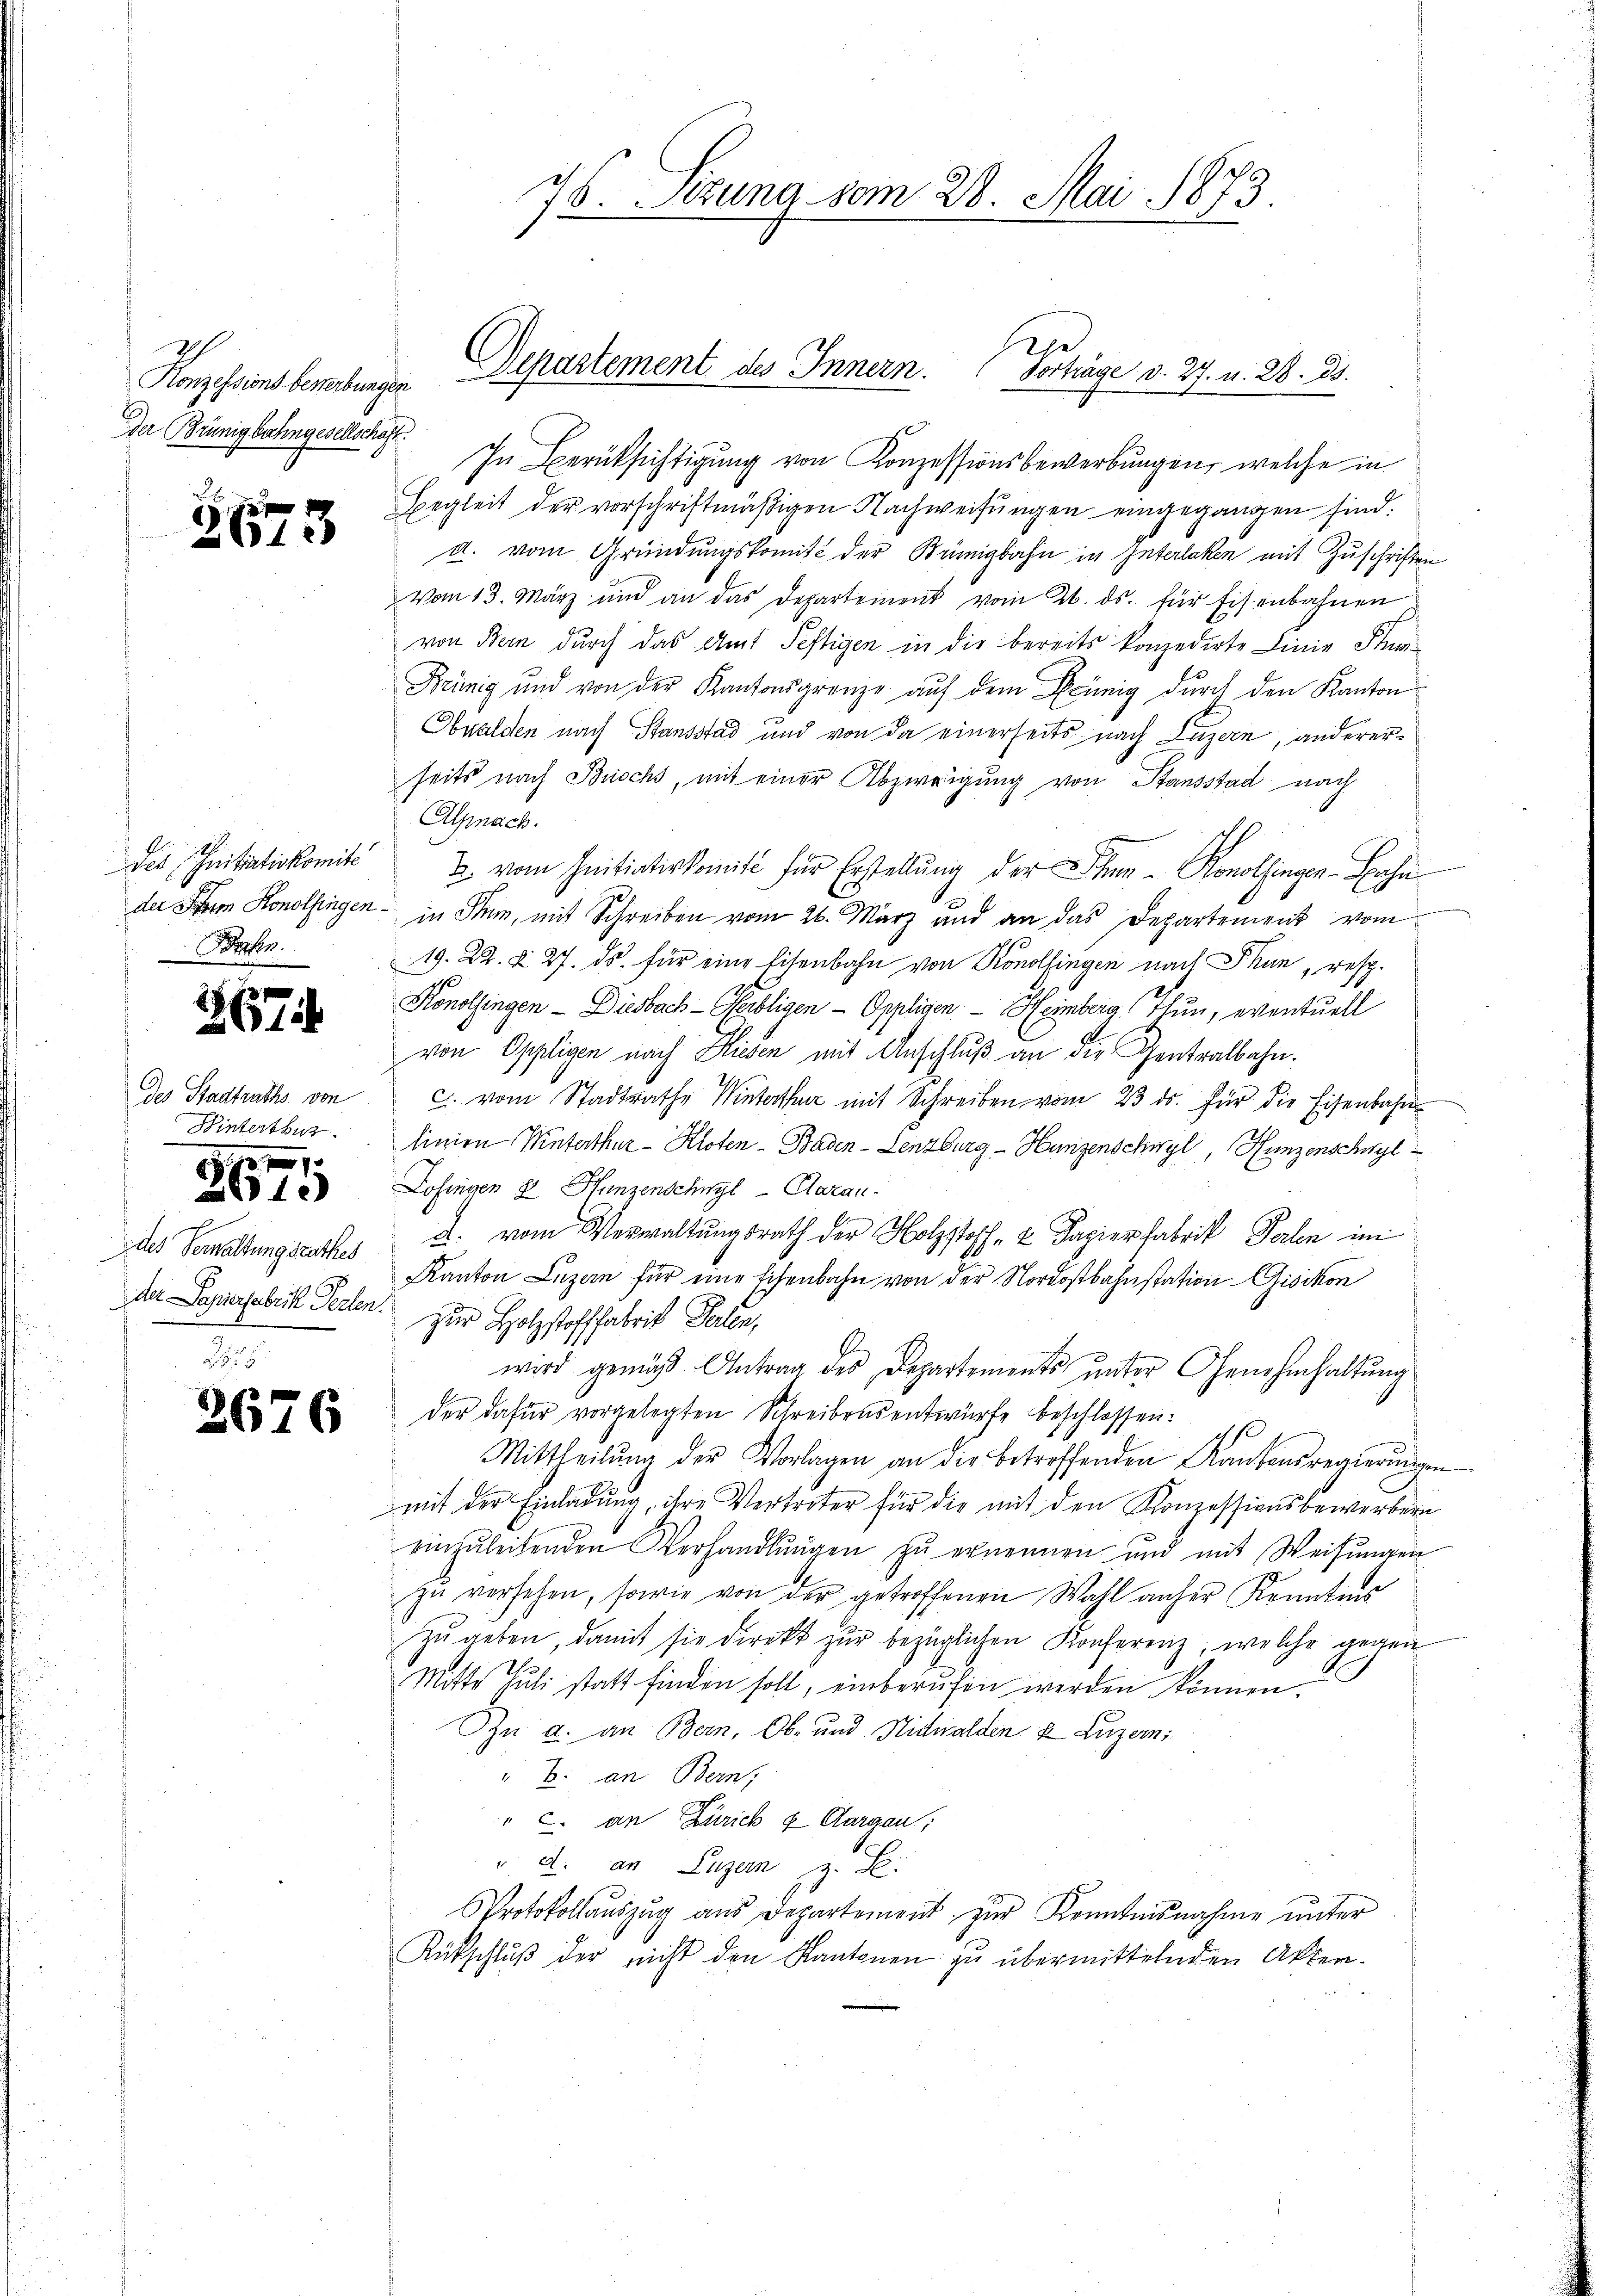
Konzessions benebungen.
Der Brünigbahngesellschaft.

2612)

Bahn.

267

des Stadtraths von
Winterthur.

27

0 x 12
1884.

2
des Verwaltungsrathes

2676

In Berücksichtigung von Konzessionsbewerbungen, welche in
Begleit der vorschriftmäßigen Nachweisŭngen eingegangen sind.
d. vom Gründungskomit der Brünigbahn in Interlaken mit Zuschriften
Vom 13. März und an das Departement vom 26. ds. für Eisenbahnen
von Bern durch das Amt Seftigen in die bereits konzedirte Linie Stun¬
Keinig und von der Kantonsgrenze auf dem Grünig durch den Kanton
Obwalden nach Stansstad und von da einerseits nach Luzern, andererseits nach Buochs, mit einer Abzweigung von Stansstad nach
Alpnach.
des Initiativkomit u. vom Initiativkomit für Erstellŭng der Schen Konolfinger-Bahn
der Stern Konolfingen - in Stumm, mit Schreiben vom 26. März und an das Departement vom
19. 22. §. 27. ds. für eine Eisenbahn von Konolfingen nach Thun, resp.
Konolfingen - Diesbach-Kerbligen - Oppligen - Heimberg (Thun, eventuell
von Oppligen nach Riesen mit Anschluß an die Gentralbahn.
c. vom Stadtrathe Winterthur mit Schreiben vom 23. ds. für die Eisenbahn
linien Winterthur–Kloten–Baden-Lenzburg - Hungenschwyl, Hunzenschwyl
Lofingen 8 Hunzenschwyl -Claran.
a. vom Verwaltungsrath der Holzstoff- & Kapierfabrik Perlen im
Kanton Luzern für eine Eisenbahn von der Nordostbahnstation Gisikon
Der Superfabrik Pechen. Zur Holzstofffabrik Teilen,
wird gemäß Antrag des Departements unter Genehmhaltung
der dafür vorgelegten Schreibensentwürfe beschlossen:
Mittheilŭng der Vorlagen an die betreffenden Kantonsregierŭngen
mit der Einladung, ihre Vertreter für die mit den Konzessionsbewerbern
einzŭleitenden Verhandlŭngen zŭ ernennen und mit Weisŭngen
zŭ versehen, sowie von der getroffenen Wahl anher Kenntnis
zŭ geben, damit sie direkt zŭr bezüglichen Konferenz, welche gegen
Mitte Juli statt finden soll, einberufen werden können.
In a. an Bern, Ob- und Nidwalden u Luzern;
" B. an Bern,
" c. an Zürich & Aargau,
v. a. an Luzern u. S.
Protokollaŭszŭg aŭs Departement zŭr Kenntnisnahme unter
Rückschlŭβ der nicht den Kantonen zu übermittelnden Akten.

76. Sizung vom 28. Mai 1873.

Departement des Innern. Vorträge d. 27. u. 28. ds.